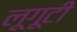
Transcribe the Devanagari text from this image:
लूगूटी